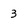
Character: 3